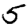
Digit: 5